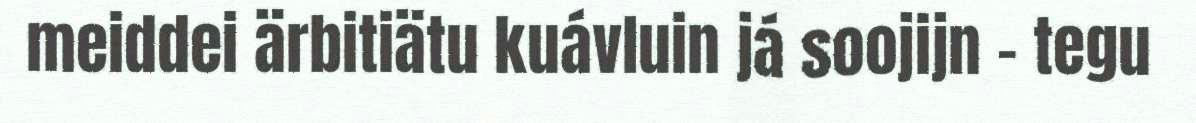
meiddei ärbitiätu kuávluin já soojijn – tegu